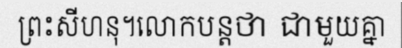
ព្រះសីហនុ។លោកបន្តថា ជាមួយគ្នា